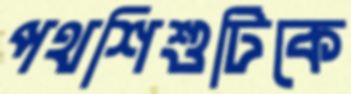
পথশিশুটিকে